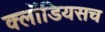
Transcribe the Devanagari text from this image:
क्लॉडियसच